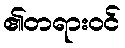
၏တရားဝင်